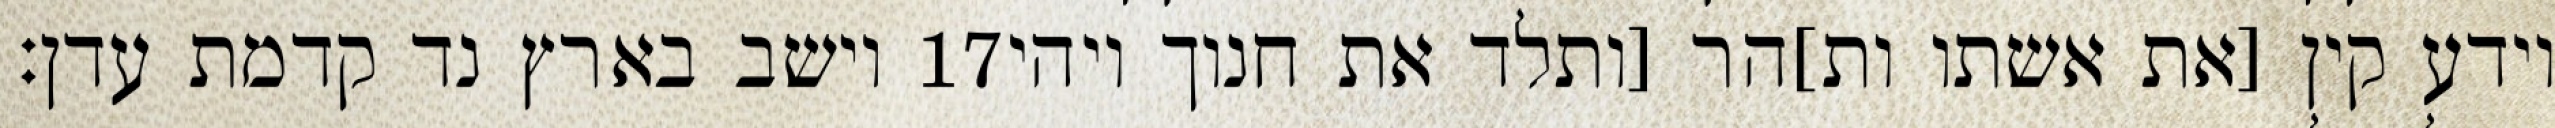
וישב בארץ נד קדמת עדן׃ ‎17‏ וידע קין [את אשתו ות]הר [ותלד את חנוך ויהי